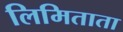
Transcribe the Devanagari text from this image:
लिमिताता